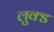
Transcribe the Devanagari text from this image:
लुक्ड